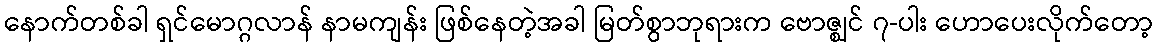
နောက်တစ်ခါ ရှင်မောဂ္ဂလာန် နာမကျန်း ဖြစ်နေတဲ့အခါ မြတ်စွာဘုရားက ဗောဇ္ဈင် ၇-ပါး ဟောပေးလိုက်တော့